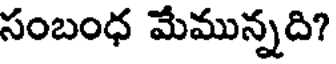
సంబంధ మేమున్నది?